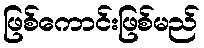
ဖြစ်ကောင်းဖြစ်မည်